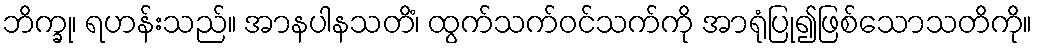
ဘိက္ခု၊ ရဟန်းသည်။ အာနပါနသတိံ၊ ထွက်သက်ဝင်သက်ကို အာရုံပြု၍ဖြစ်သောသတိကို။